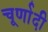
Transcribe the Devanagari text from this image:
चूर्णादी